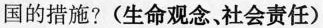
中国的措施? (生命观念、社会责任)